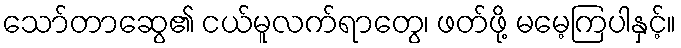
သော်တာဆွေ၏ ငယ်မူလက်ရာတွေ၊ ဖတ်ဖို့ မမေ့ကြပါနှင့်။